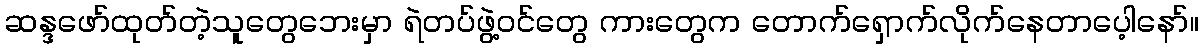
ဆန္ဒဖော်ထုတ်တဲ့သူတွေဘေးမှာ ရဲတပ်ဖွဲ့ဝင်တွေ ကားတွေက တောက်ရှောက်လိုက်နေတာပေ့ါနော်။